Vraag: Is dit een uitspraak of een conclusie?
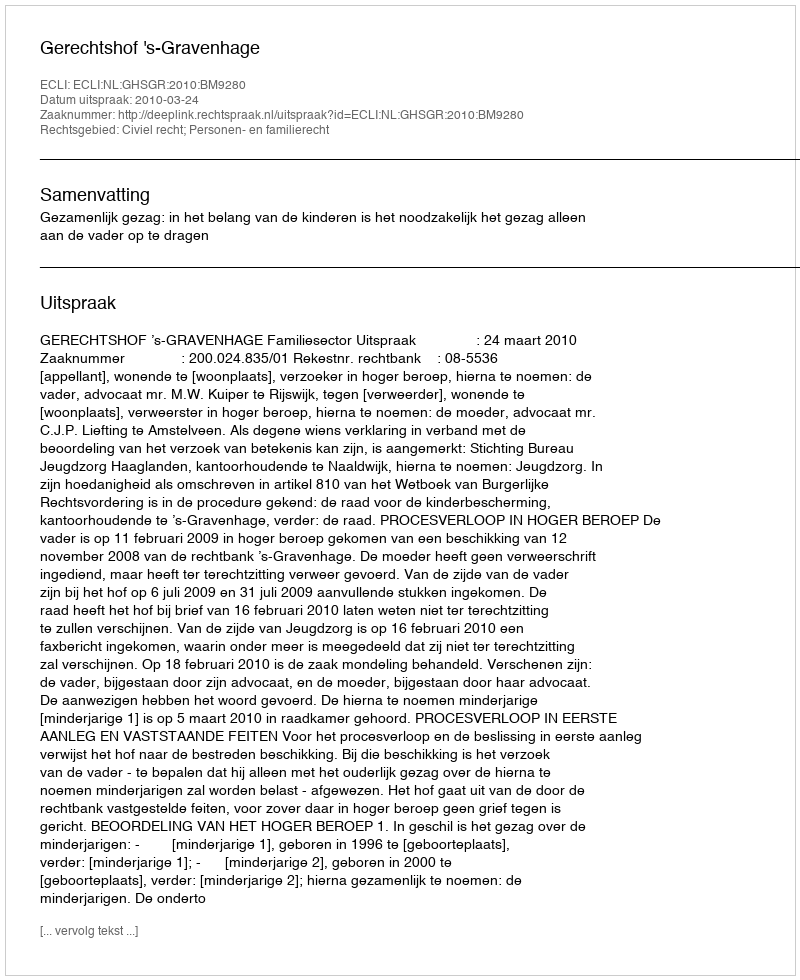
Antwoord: Uitspraak